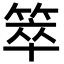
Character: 箤